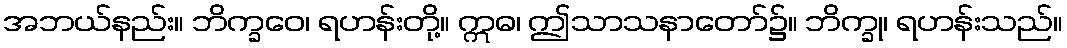
အဘယ်နည်း။ ဘိက္ခဝေ၊ ရဟန်းတို့။ ဣဓ၊ ဤသာသနာတော်၌။ ဘိက္ခု၊ ရဟန်းသည်။